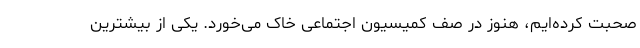
صحبت کرده‌ایم، هنوز در صف کمیسیون اجتماعی خاک می‌خورد. یکی از بیشترین